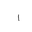
Letter: _alif